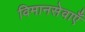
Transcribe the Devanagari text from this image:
विमानसेवाएँ